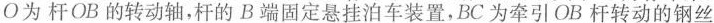
O为杆OB的转动轴，杆的B端固定悬挂泊车装置，BC为牵引OB杆转动的钢丝